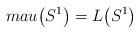
LaTeX: \begin{gather*}mau\big(S^1\big)=L\big(S^1\big)\end{gather*}